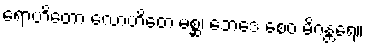
ရောဟိတော လောဟိတေ မစ္ဆ၊ ဘေဒေ စေဝ မိဂန္တရေ။